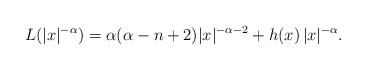
LaTeX: \begin{align*}L(|x|^{-\alpha}) = \alpha(\alpha - n + 2)|x|^{-\alpha-2} + h(x)\,|x|^{-\alpha}.\end{align*}